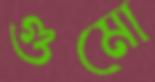
গুমো